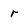
Character: r